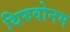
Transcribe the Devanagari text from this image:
थिरुवोनम